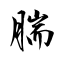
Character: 腨